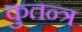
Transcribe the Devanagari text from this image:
कुतन्त्र